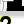
Digit: 2